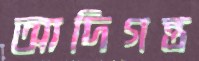
আদিগন্ত